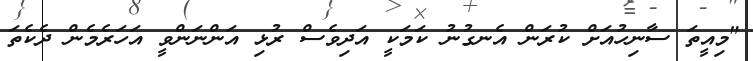
"މިއީތަ ސާނިހުއަށް ކުރަން އެނގުނު ކަމަކީ އަދިވެސް ރުޅި އަންނަންވީ އަހަރެމެން ދެކެތަ